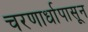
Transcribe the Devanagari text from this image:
चरणार्धापासून